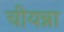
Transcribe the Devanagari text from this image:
चीयन्ना